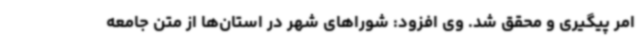
امر پیگیری و محقق شد. وی افزود: شوراهای شهر در استان‌ها از متن جامعه